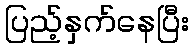
ပြည့်နှက်နေပြီး